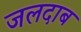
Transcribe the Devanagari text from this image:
जलदाब